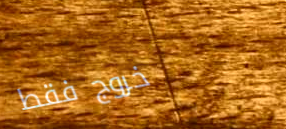
خروج فقط